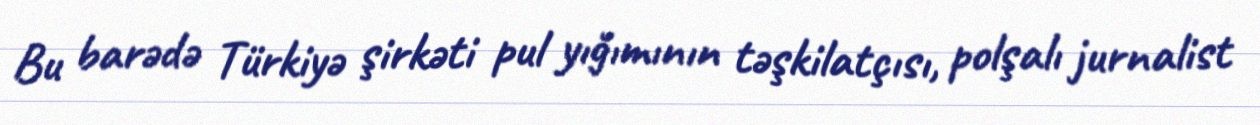
Bu barədə Türkiyə şirkəti pul yığımının təşkilatçısı, polşalı jurnalist